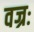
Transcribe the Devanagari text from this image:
वज्रः